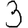
Digit: 3